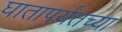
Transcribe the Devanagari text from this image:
घातापर्यंतच्या